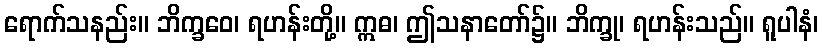
ရောက်သနည်း။ ဘိက္ခဝေ၊ ရဟန်းတို့။ ဣဓ၊ ဤသနာတော်၌။ ဘိက္ခု၊ ရဟန်းသည်။ ရူပါနံ၊